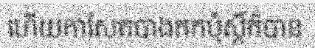
ហើយកាសែតបាងកកប៉ុស្តិ៍ក៏បាន